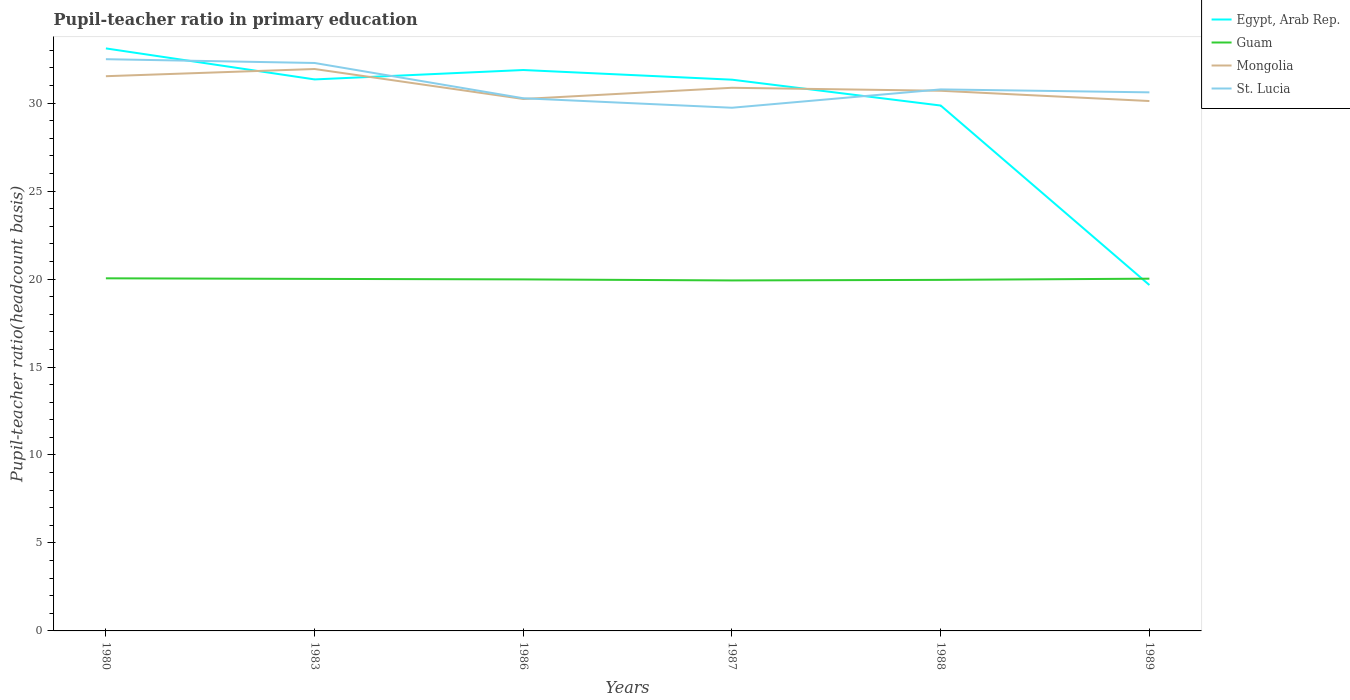
| Years | Egypt, Arab Rep. | Guam | Mongolia | St. Lucia |
 | --- | --- | --- | --- | --- |
 | 1980 | 33.1 | 20 | 31.5 | 32.5 |
 | 1983 | 31.3 | 20 | 31.9 | 32.3 |
 | 1986 | 31.9 | 20 | 30.2 | 30.3 |
 | 1987 | 31.3 | 19.9 | 30.9 | 29.7 |
 | 1988 | 29.9 | 20 | 30.7 | 30.8 |
 | 1989 | 19.7 | 20 | 30.1 | 30.6 |